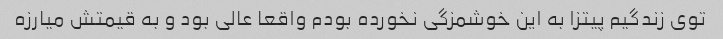
توی زندگیم پیتزا به این خوشمزگی نخورده بودم واقعا عالی بود و به قیمتش میارزه